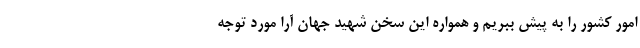
امور کشور را به پیش ببریم و همواره این سخن شهید جهان آرا مورد توجه